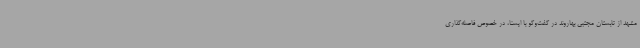
مشهد از تابستان مجتبی بهاروند در گفت‌وگو با ایسنا، در خصوص فاصله‌گذاری